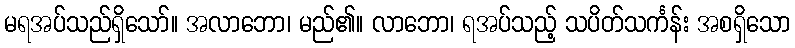
မရအပ်သည်ရှိသော်။ အလာဘော၊ မည်၏။ လာဘော၊ ရအပ်သည့် သပိတ်သင်္ကန်း အစရှိသော